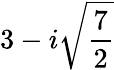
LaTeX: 3-i\sqrt{\frac{7}{2}}